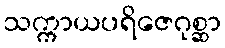
သက္ကာယပရိဇေဂုစ္ဆာ